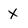
Character: x